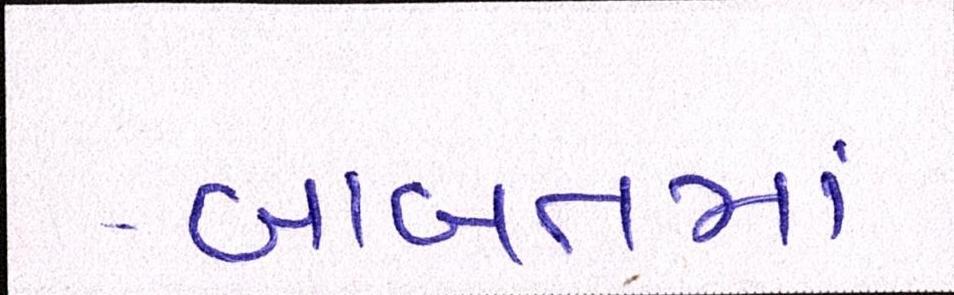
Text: બાબતમાં